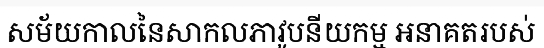
សម័យកាលនៃសាកលភាវូបនីយកម្ម អនាគតរបស់